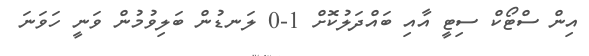
އިން ސްޓޯކް ސިޓީ އާއި ބައްދަލުކޮށް 1-0 ލަނޑުން ބަލިވުމުން ވަނީ ހަވަނަ